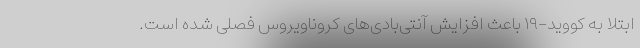
ابتلا به کووید-۱۹ باعث افزایش آنتی‌بادی‌های کروناویروس فصلی شده است.